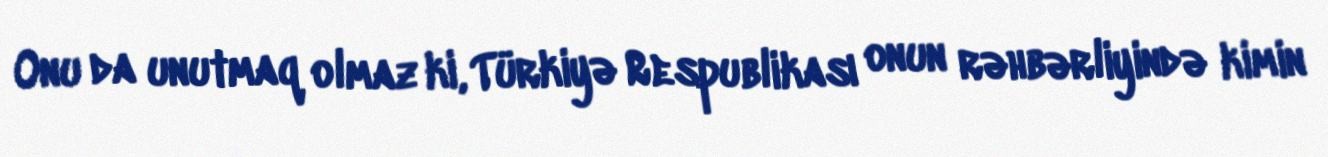
Onu da unutmaq olmaz ki, Türkiyə Respublikası onun rəhbərliyində kimin